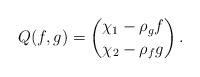
\begin{align*} Q(f,g) = \binom{\chi_1 - \rho_g f}{\chi_2 - \rho_f g}\,.\end{align*}